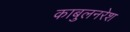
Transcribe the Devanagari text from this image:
काबुलनरेश